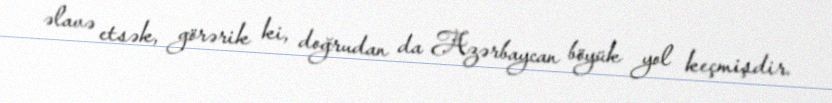
əlavə etsək, görərik ki, doğrudan da Azərbaycan böyük yol keçmişdir.